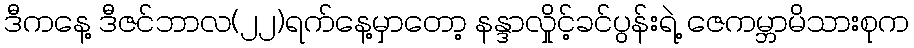
ဒီကနေ့ ဒီဇင်ဘာလ(၂၂)ရက်နေ့မှာတော့ နန္ဒာလှိုင့်ခင်ပွန်းရဲ့ ဇေကမ္ဘာမိသားစုက